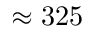
\approx 3 2 5